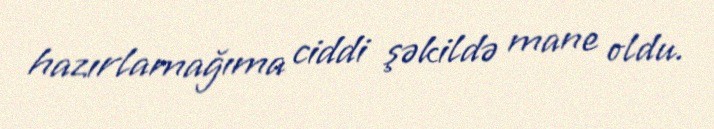
hazırlamağıma ciddi şəkildə mane oldu.